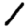
Digit: 1